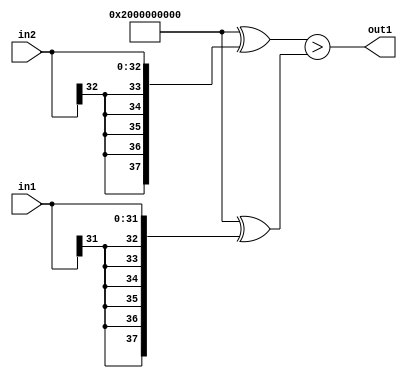
`timescale 1ps / 1ps
/*****************************************************************************
    Verilog RTL Description
    
    
    Created by: CellMath Designer 2019.1.01 
*******************************************************************************/

module avg_pool_GreaterThan_33Sx32S_1U_4_1 (
	in2,
	in1,
	out1
	); /* architecture "behavioural" */ 
input [32:0] in2;
input [31:0] in1;
output  out1;
wire  asc001;

assign asc001 = ((38'B10000000000000000000000000000000000000 ^ {{5{in2[32]}}, in2})>(38'B10000000000000000000000000000000000000
    ^ {{6{in1[31]}}, in1}));

assign out1 = asc001;
endmodule

/* CADENCE  uLX3TQg= : u9/ySgnWtBlWxVPRXgAZ4Og= ** DO NOT EDIT THIS LINE ******/